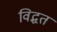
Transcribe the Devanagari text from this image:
विद्धत